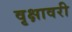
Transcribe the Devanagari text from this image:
वृक्षावरी